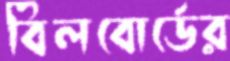
বিলবোর্ডের